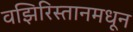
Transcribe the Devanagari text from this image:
वझिरिस्तानमधून